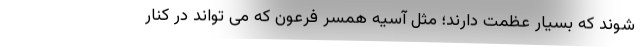
شوند که بسیار عظمت دارند؛ مثل آسیه همسر فرعون که می تواند در کنار